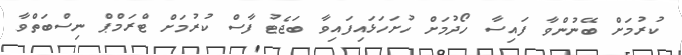
ކުރުމަށް ބޭނުންވާ ފައިސާ ހޯދުމަށް ހުށަހަޅައިފައިވާ ބަޖެޓު ފާސް ކުރުމަށް ޓްރަމްޕް ނިސްބަތްވާ